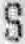
S